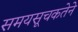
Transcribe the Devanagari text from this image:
समयसूचकतेने